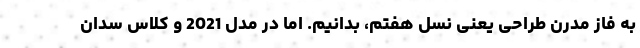
به فاز مدرن طراحی یعنی نسل هفتم، بدانیم. اما در مدل 2021 و کلاس سدان